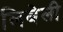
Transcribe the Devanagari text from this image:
लिबेली